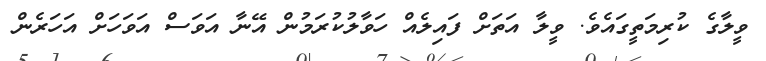
ވީލާގެ ކުރިމަތީގައެވެ. ވީލާ އަތަށް ފައިލެއް ހަވާލުކުރަމުން އޭނާ އަވަސް އަވަހަށް އަހަރެން